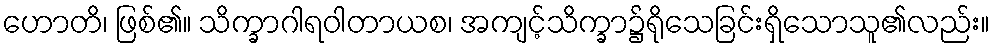
ဟောတိ၊ ဖြစ်၏။ သိက္ခာဂါရဝါတာယစ၊ အကျင့်သိက္ခာ၌ရိုသေခြင်းရှိသောသူ၏လည်း။